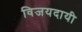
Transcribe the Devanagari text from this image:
विजयदायी